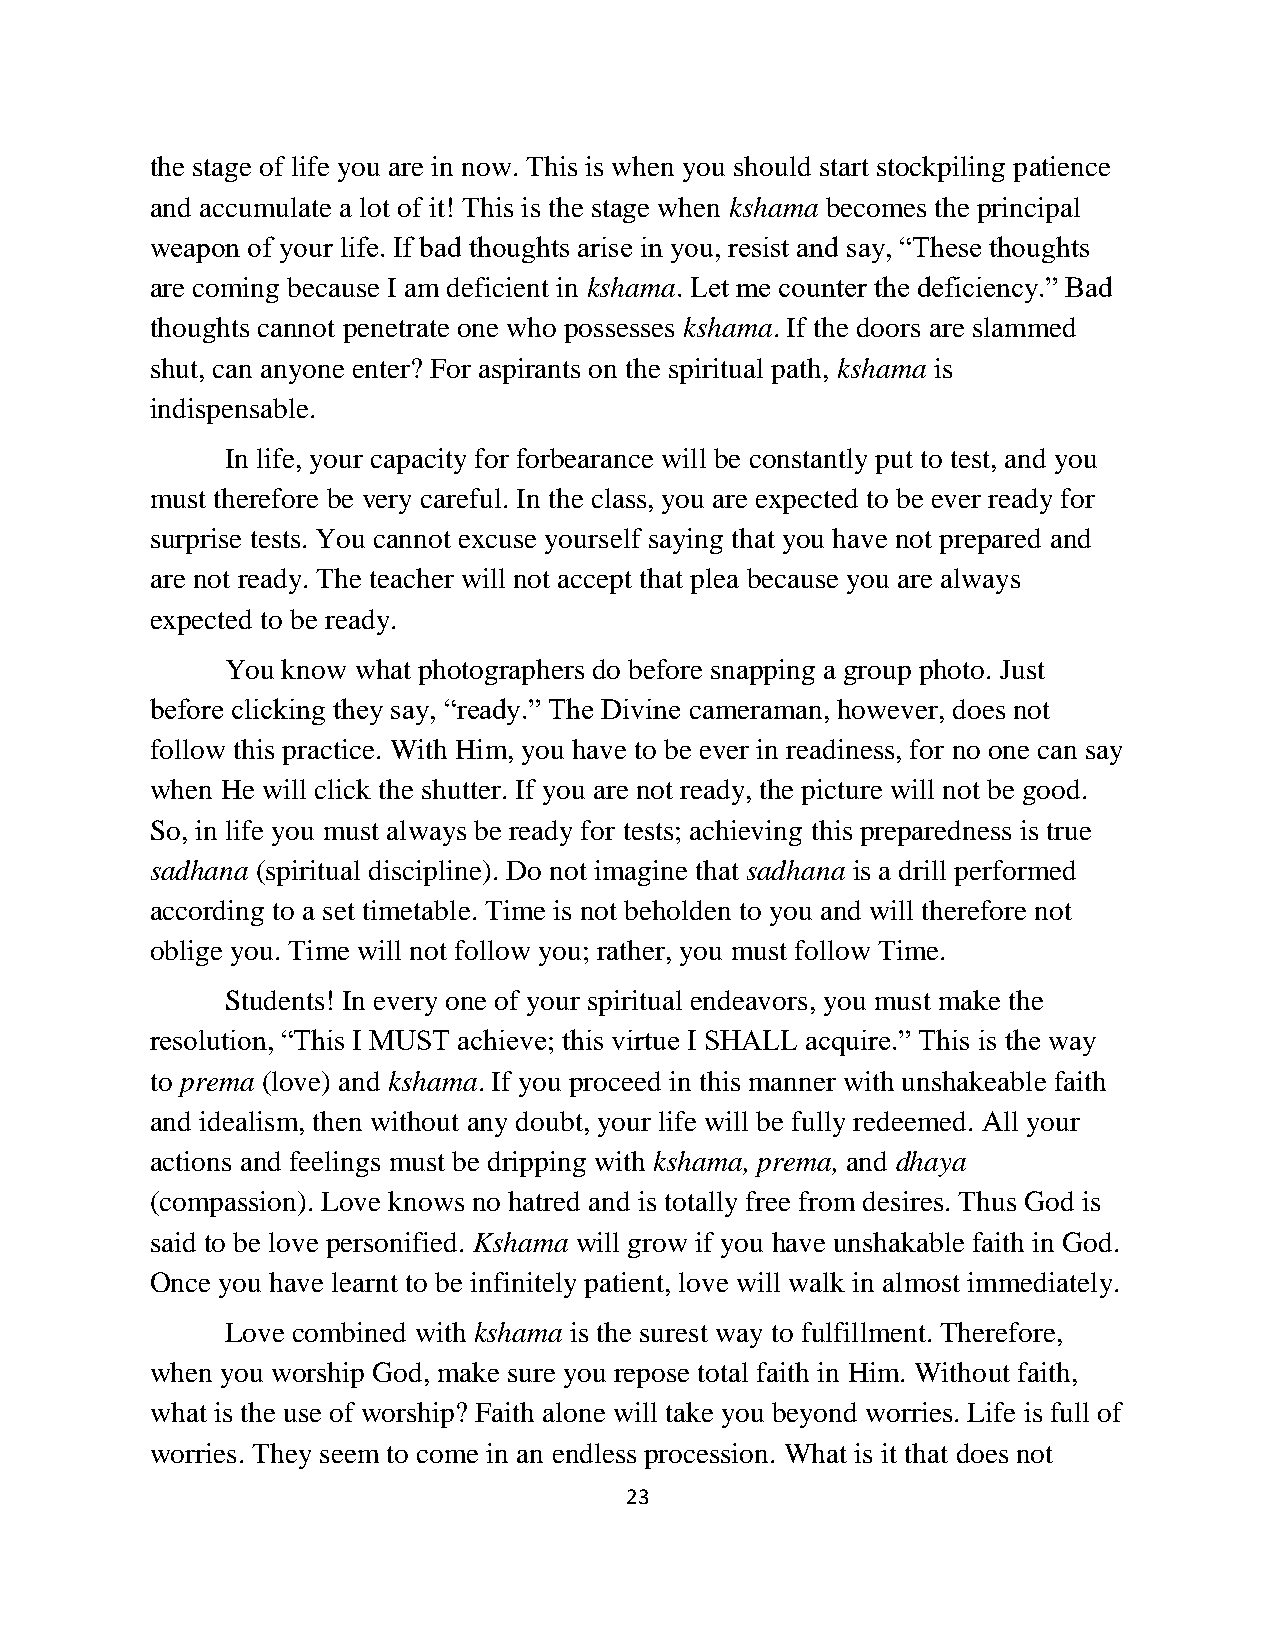
the stage of life you are in now. This is when you should start stockpiling patience
 and accumulate a lot of it! This is the stage when kshama becomes the principal
 weapon of your life. If bad thoughts arise in you, resist and say, “These thoughts
 are coming because I am deficient in kshama. Let me counter the deficiency.” Bad
 thoughts cannot penetrate one who possesses kshama. If the doors are slammed
 shut, can anyone enter? For aspirants on the spiritual path, kshama is
 indispensable.
 In life, your capacity for forbearance will be constantly put to test, and you
 must therefore be very careful. In the class, you are expected to be ever ready for
 surprise tests. You cannot excuse yourself saying that you have not prepared and
 are not ready. The teacher will not accept that plea because you are always
 expected to be ready.
 You know what photographers do before snapping a group photo. Just
 before clicking they say, “ready.” The Divine cameraman, however, does not
 follow this practice. With Him, you have to be ever in readiness, for no one can say
 when He will click the shutter. If you are not ready, the picture will not be good.
 So, in life you must always be ready for tests; achieving this preparedness is true
 sadhana (spiritual discipline). Do not imagine that sadhana is a drill performed
 according to a set timetable. Time is not beholden to you and will therefore not
 oblige you. Time will not follow you; rather, you must follow Time.
 Students! In every one of your spiritual endeavors, you must make the
 resolution, “This I MUST achieve; this virtue I SHALL acquire.” This is the way
 to prema (love) and kshama. If you proceed in this manner with unshakeable faith
 and idealism, then without any doubt, your life will be fully redeemed. All your
 actions and feelings must be dripping with kshama, prema, and dhaya
 (compassion). Love knows no hatred and is totally free from desires. Thus God is
 said to be love personified. Kshama will grow if you have unshakable faith in God.
 Once you have learnt to be infinitely patient, love will walk in almost immediately.
 Love combined with kshama is the surest way to fulfillment. Therefore,
 when you worship God, make sure you repose total faith in Him. Without faith,
 what is the use of worship? Faith alone will take you beyond worries. Life is full of
 worries. They seem to come in an endless procession. What is it that does not
 23